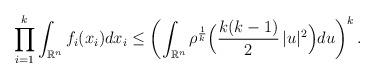
LaTeX: \begin{align*} \prod_{i=1}^k \int_{\mathbb{R}^n} f_i(x_i) dx_i\le \left( \int_{\mathbb{R}^{n}} \rho^{\frac{1}{k}} \Bigl( \frac{k(k-1)}{2} \, |u|^2 \Bigr) du\right)^k.\end{align*}